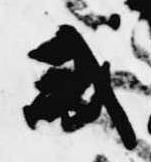
或